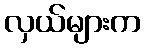
လှယ်များက